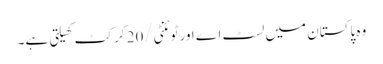
وہ پاکستان میں لسٹ اے اور ٹوئنٹی/20 کرکٹ کھیلتی ہے۔